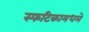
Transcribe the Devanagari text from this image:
स्फटिकामधले